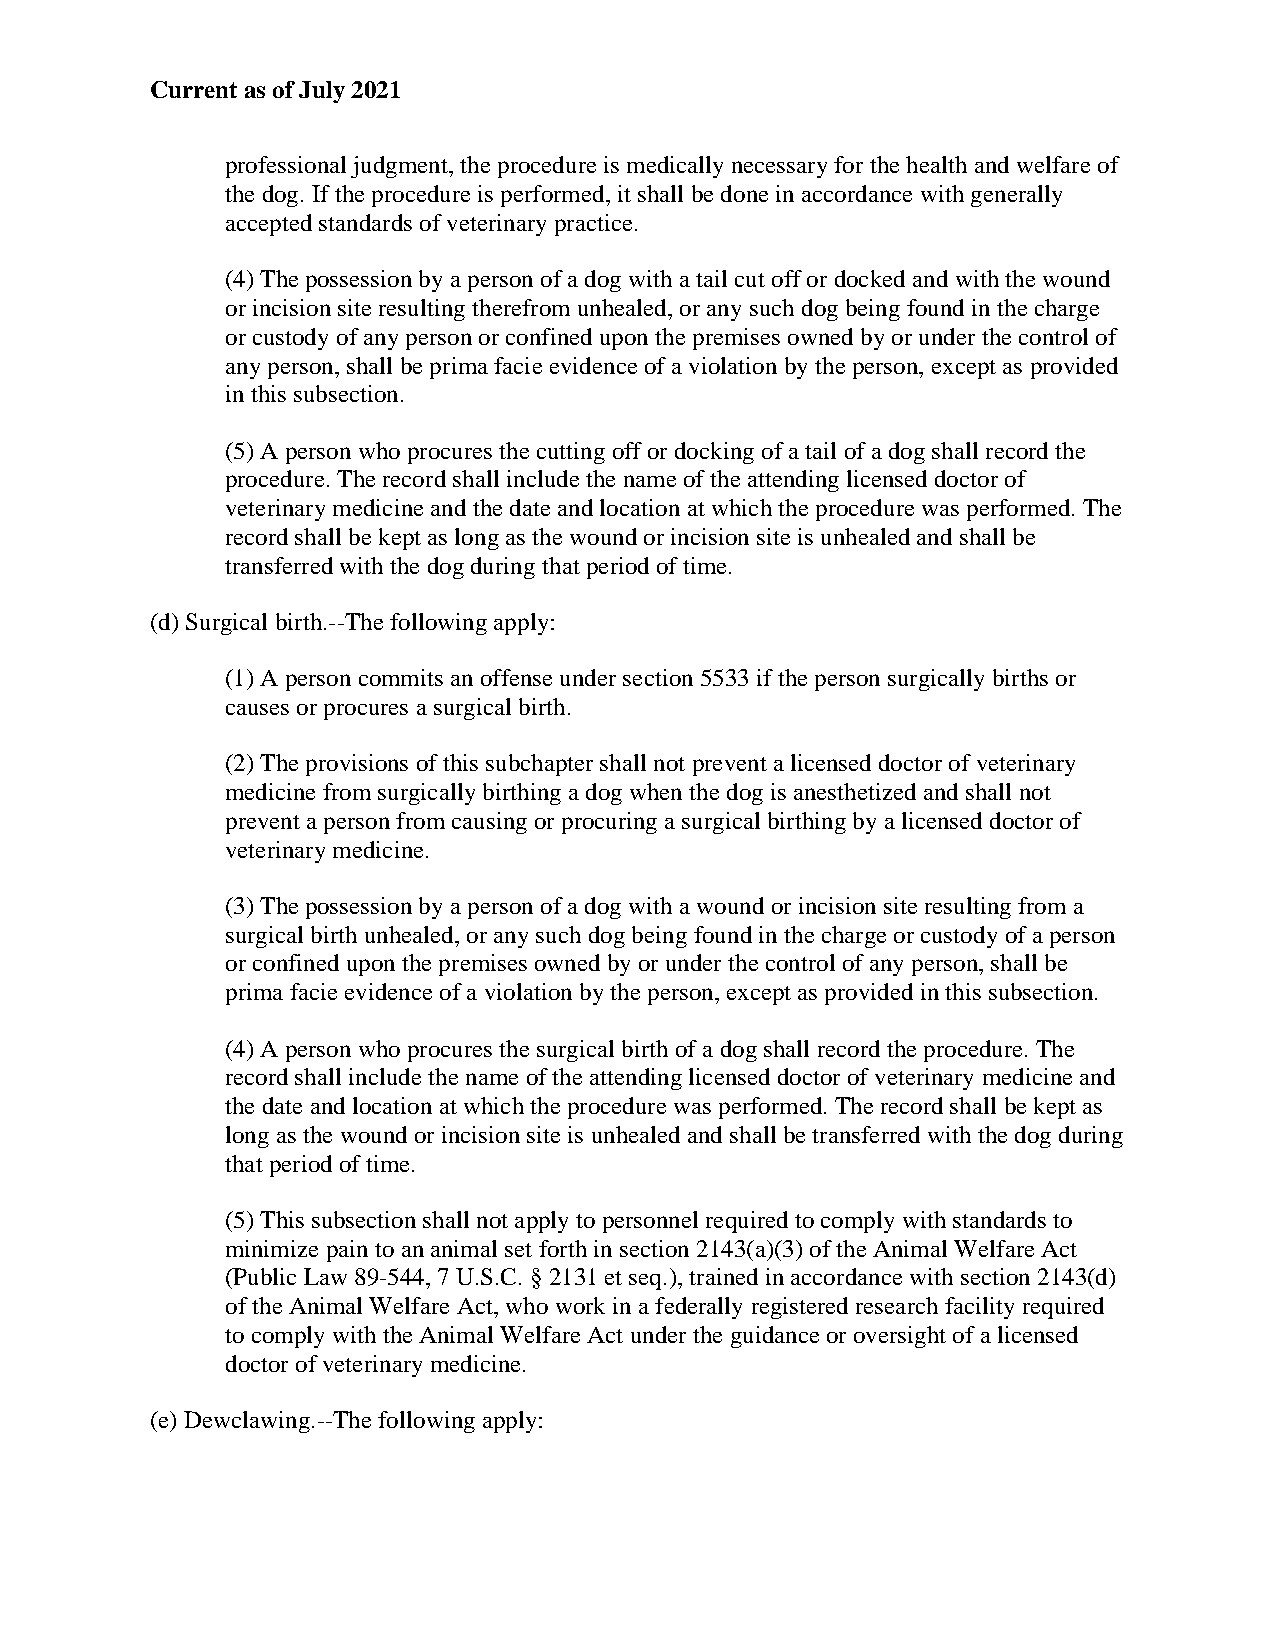
Current as of July 2021
 professional judgment, the procedure is medically necessary for the health and welfare of
 the dog. If the procedure is performed, it shall be done in accordance with generally
 accepted standards of veterinary practice.
 (4) The possession by a person of a dog with a tail cut off or docked and with the wound
 or incision site resulting therefrom unhealed, or any such dog being found in the charge
 or custody of any person or confined upon the premises owned by or under the control of
 any person, shall be prima facie evidence of a violation by the person, except as provided
 in this subsection.
 (5) A person who procures the cutting off or docking of a tail of a dog shall record the
 procedure. The record shall include the name of the attending licensed doctor of
 veterinary medicine and the date and location at which the procedure was performed. The
 record shall be kept as long as the wound or incision site is unhealed and shall be
 transferred with the dog during that period of time.
 (d) Surgical birth.--The following apply:
 (1) A person commits an offense under section 5533 if the person surgically births or
 causes or procures a surgical birth.
 (2) The provisions of this subchapter shall not prevent a licensed doctor of veterinary
 medicine from surgically birthing a dog when the dog is anesthetized and shall not
 prevent a person from causing or procuring a surgical birthing by a licensed doctor of
 veterinary medicine.
 (3) The possession by a person of a dog with a wound or incision site resulting from a
 surgical birth unhealed, or any such dog being found in the charge or custody of a person
 or confined upon the premises owned by or under the control of any person, shall be
 prima facie evidence of a violation by the person, except as provided in this subsection.
 (4) A person who procures the surgical birth of a dog shall record the procedure. The
 record shall include the name of the attending licensed doctor of veterinary medicine and
 the date and location at which the procedure was performed. The record shall be kept as
 long as the wound or incision site is unhealed and shall be transferred with the dog during
 that period of time.
 (5) This subsection shall not apply to personnel required to comply with standards to
 minimize pain to an animal set forth in section 2143(a)(3) of the Animal Welfare Act
 (Public Law 89-544, 7 U.S.C. § 2131 et seq.), trained in accordance with section 2143(d)
 of the Animal Welfare Act, who work in a federally registered research facility required
 to comply with the Animal Welfare Act under the guidance or oversight of a licensed
 doctor of veterinary medicine.
 (e) Dewclawing.--The following apply: